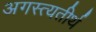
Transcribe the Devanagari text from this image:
अगस्त्यतीर्थ